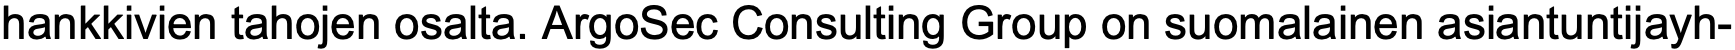
hankkivien tahojen osalta. ArgoSec Consulting Group on suomalainen asiantuntijayh-